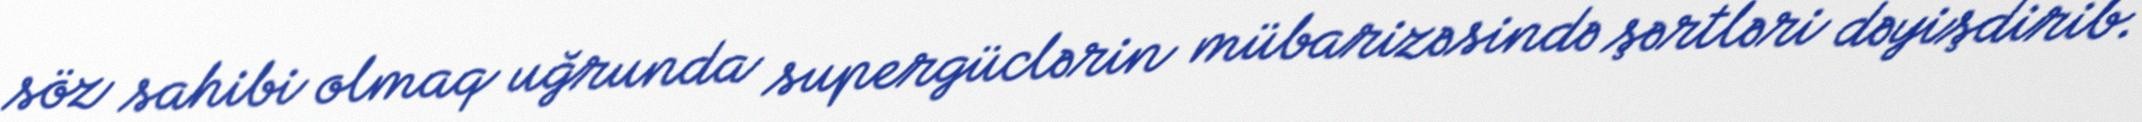
söz sahibi olmaq uğrunda supergüclərin mübarizəsində şərtləri dəyişdirib.